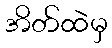
အိတ်ထဲမှ